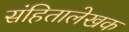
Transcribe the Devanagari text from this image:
संहितालेखक